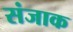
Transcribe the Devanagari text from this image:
संजाक